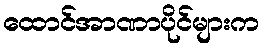
ထောင်အာဏာပိုင်များက